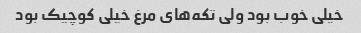
خیلی خوب بود ولی تکه‌های مرغ خیلی کوچیک بود